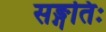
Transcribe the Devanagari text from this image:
सङ्गतिः